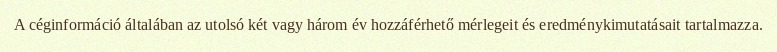
A céginformáció általában az utolsó két vagy három év hozzáférhető mérlegeit és eredménykimutatásait tartalmazza.